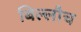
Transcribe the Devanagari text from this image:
बिल्लौच